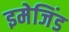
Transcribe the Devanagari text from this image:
इमेजिंड